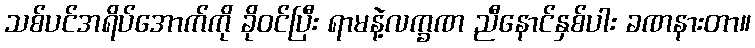
သစ်ပင်အရိပ်အောက်ကို ခိုဝင်ပြီး ရာမနဲ့လက္ခဏ ညီနောင်နှစ်ပါး ခဏနားတာ။